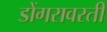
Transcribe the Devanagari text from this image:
डोंगरावरती